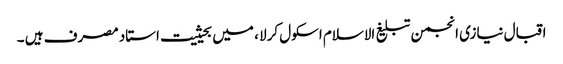
اقبال نیازی انجمن تبلیغ الاسلام اسکول کرلا ، میں بحیثیت استاد مصرف ہیں ۔